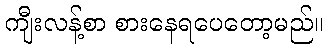
ကျီးလန့်စာ စားနေရပေတော့မည်။